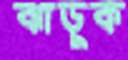
ঝাড়ুক